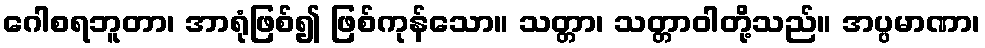
ဂေါစရဘူတာ၊ အာရုံဖြစ်၍ ဖြစ်ကုန်သော။ သတ္တာ၊ သတ္တာဝါတို့သည်။ အပ္ပမာဏာ၊